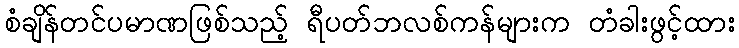
စံချိန်တင်ပမာဏဖြစ်သည့် ရီပတ်ဘလစ်ကန်များက တံခါးဖွင့်ထား